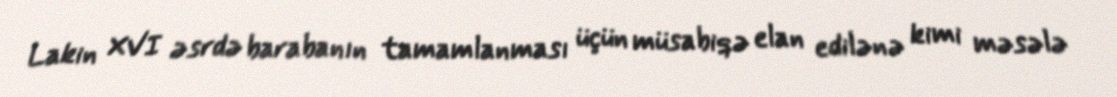
Lakin XVI əsrdə barabanın tamamlanması üçün müsabiqə elan edilənə kimi məsələ